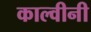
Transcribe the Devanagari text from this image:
काल्वीनी